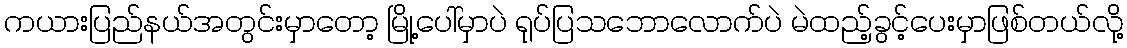
ကယားပြည်နယ်အတွင်းမှာတော့ မြို့ပေါ်မှာပဲ ရုပ်ပြသဘောလောက်ပဲ မဲထည့်ခွင့်ပေးမှာဖြစ်တယ်လို့